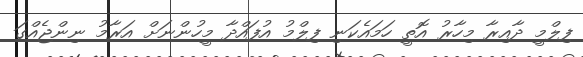
ފިލްމީ ދާއިރާ މިހާރު އޮތީ ހަމައެކަނި ފިލްމު އުފައްދާ މީހުންނަށް އަރާމު ނިންޖެއްގަ